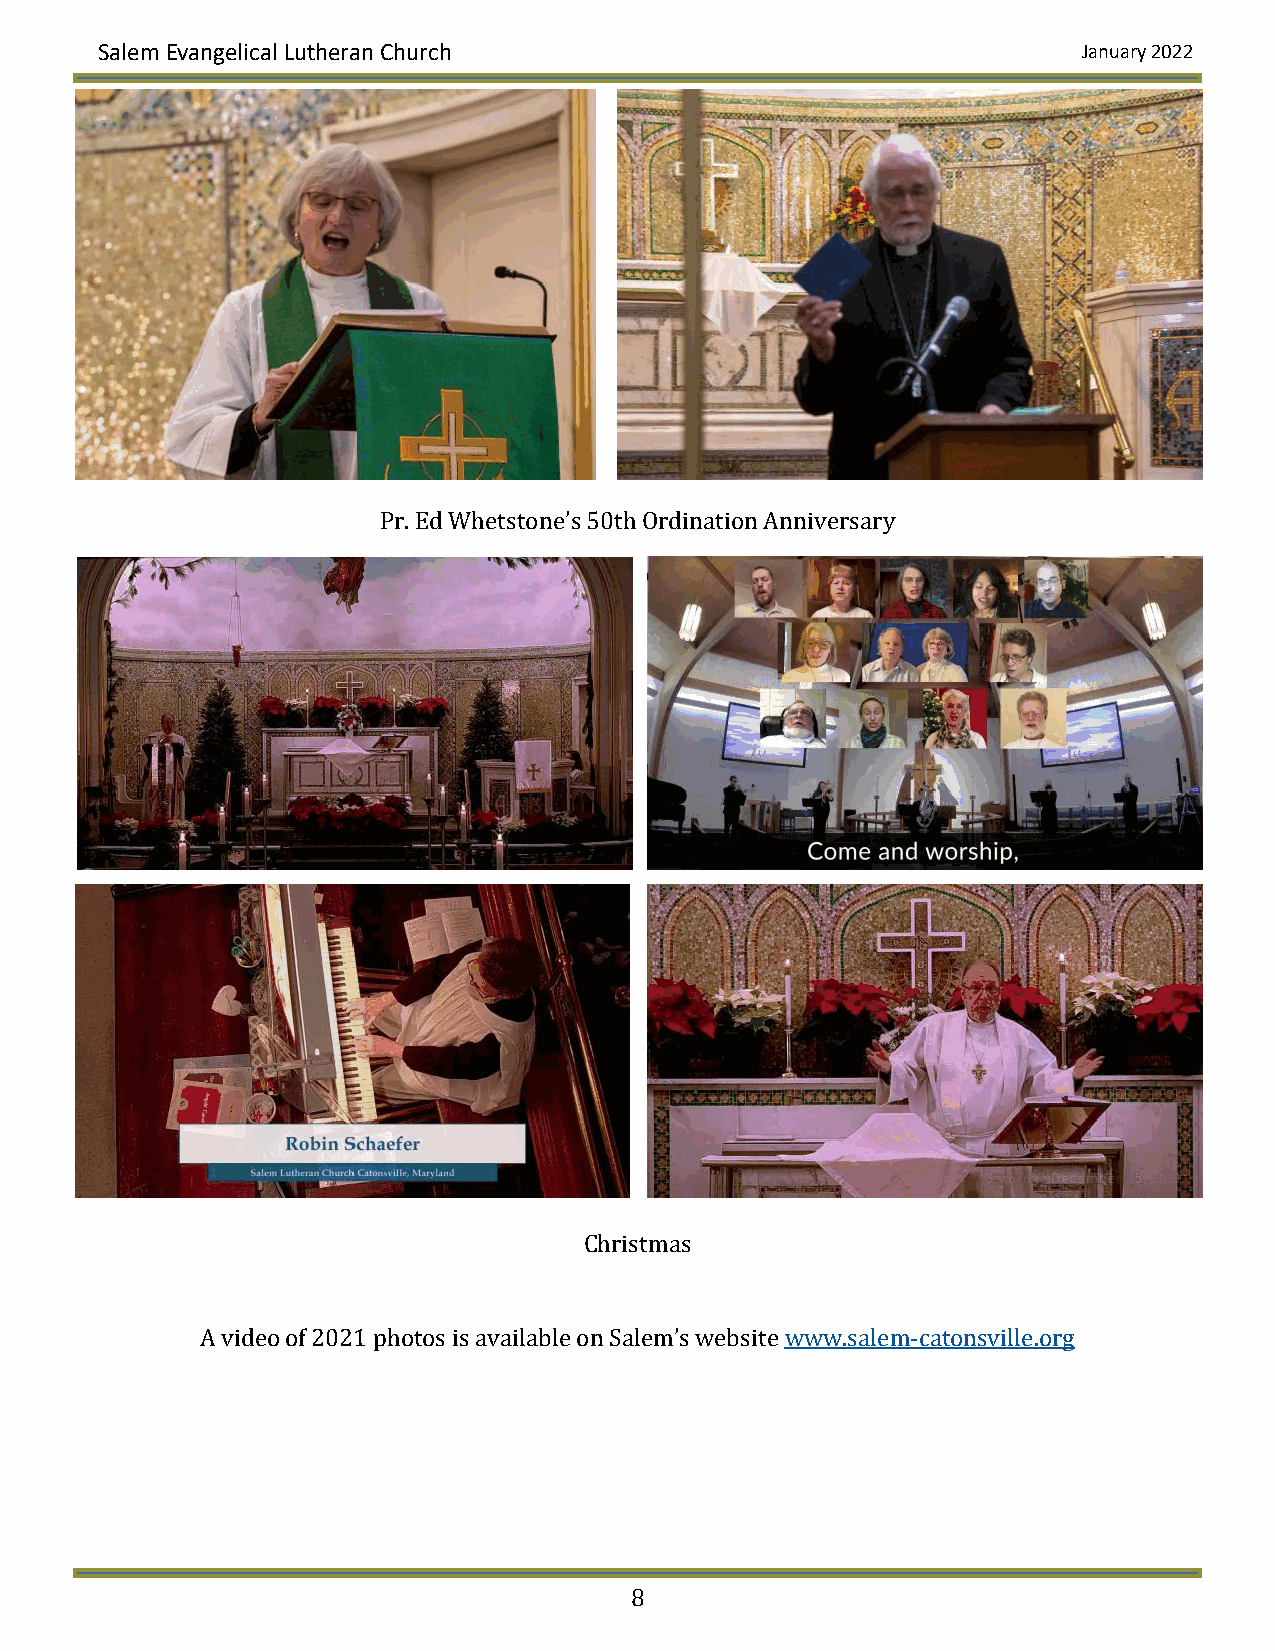
Salem Evangelical Lutheran Church                                January 2022
 Pr. Ed Whetstone’s 50th Ordination Anniversary
 Christmas
 A video of 2021 photos is available on Salem’s website www.salem-catonsville.org
 8